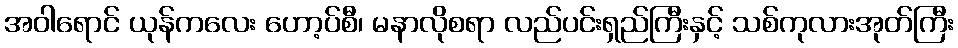
အဝါရောင် ယုန်ကလေး ဟော့ပ်စီ၊ မနာလိုစရာ လည်ပင်းရှည်ကြီးနှင့် သစ်ကုလားအုတ်ကြီး